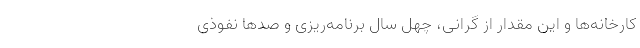
کارخانه‌ها و این مقدار از گرانی، چهل سال برنامه‌ریزی و صدها نفوذی